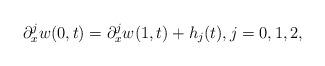
LaTeX: \begin{align*} \partial_x^jw(0,t)=\partial_x^jw(1,t)+h_j(t), j=0,1,2,\end{align*}